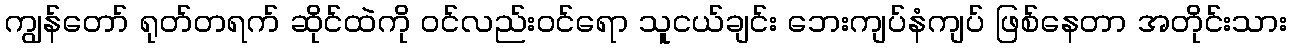
ကျွန်တော် ရုတ်တရက် ဆိုင်ထဲကို ဝင်လည်းဝင်ရော သူငယ်ချင်း ဘေးကျပ်နံကျပ် ဖြစ်နေတာ အတိုင်းသား